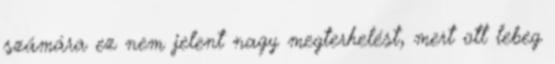
számára ez nem jelent nagy megterhelést, mert ott lebeg